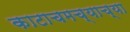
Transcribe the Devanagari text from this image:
काटाचमच्याच्या